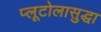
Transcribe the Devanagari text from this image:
प्लूटोलासुद्धा